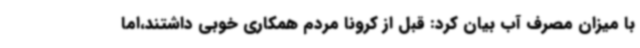
با میزان مصرف آب بیان کرد: قبل از کرونا مردم همکاری خوبی داشتند،اما